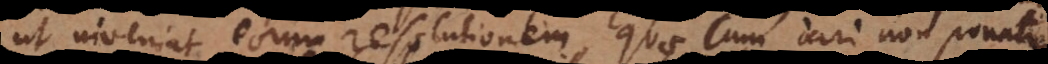
ut inveniat eorum resolutionem, quae cum dari non ponatur